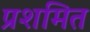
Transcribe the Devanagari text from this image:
प्रशमित